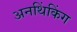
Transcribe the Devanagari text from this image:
अनथिंकिंग